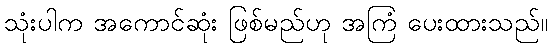
သုံးပါက အကောင်ဆုံး ဖြစ်မည်ဟု အကြံ ပေးထားသည်။